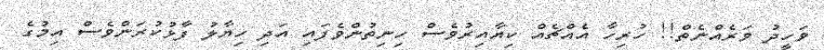
ވަހީދު ވަރެއްނެތް!! ހުރިހާ އެއްޗެއް ކިޔާއިރުވެސް ހިނިތުންވެފައި އަދި ހިޔާލު ފާޅުކުރަންވެސް އިމުގެ